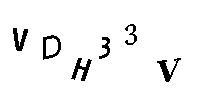
VDH33V